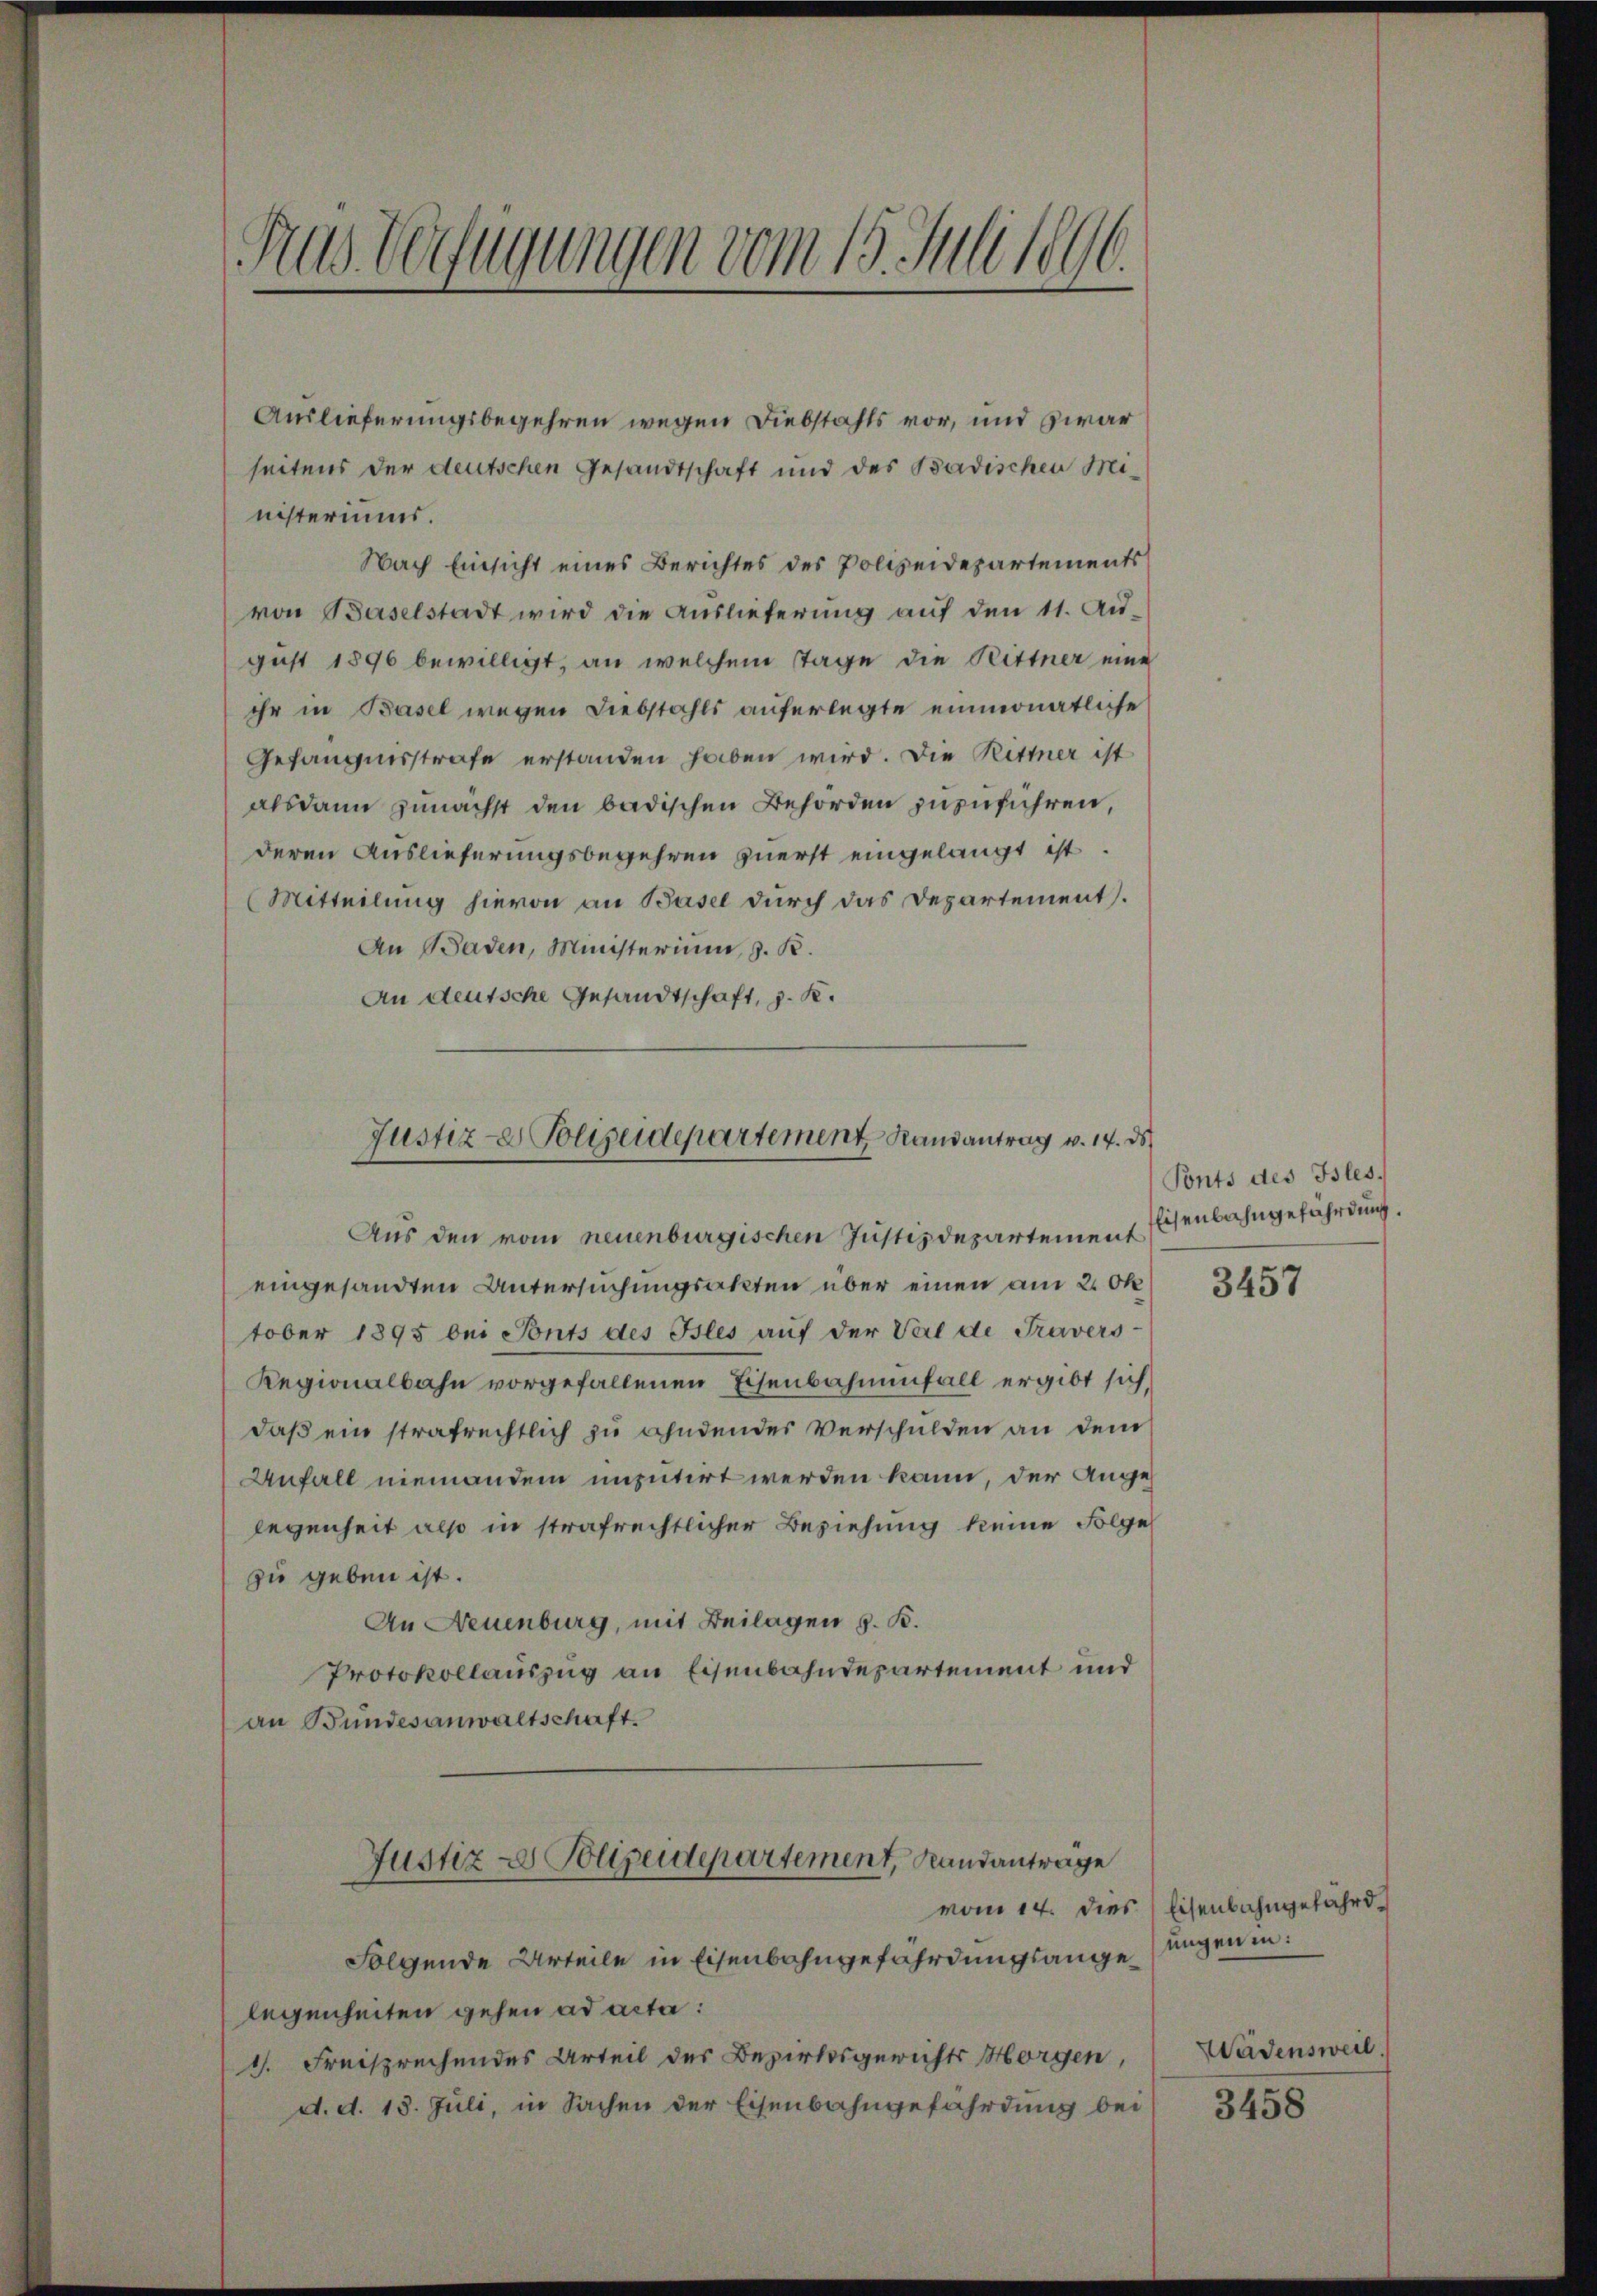
Aus Verfügungen vom 15. Juli 1896.

Auslieferungsbegehren wegen Diebstahls vor, und zwar
seitens der deutschen Gesandtschaft und des Badischen Ministeriums.
Nach Einsicht eines Berichtes des Polizeidepartements
von Baselstadt wird die Auslieferung auf den 11. Au-
gust 1896 bewilligt, an welchem Tage die Rittner eine
ihr in Basel wegen Diebstahls auferlegte einmonatliche
Gefängnisstrafe erstanden haben wird. Die Ritter ist
alsdann zunächst den badischen Behörden zuzuführen,
deren Auslieferungsbegehren zuerst eingelangt ist.
Mitteilung hievon an Basel durch das Departement.
An Baden, Ministerium, z. B.
An deutsche Gesandtschaft, z. K.
eingesandten Untersuchungsakten über einen am 2. Ok
tober 1895 bei Ponts des Isles auf der Val de Travers
Regionalbahn vorgefallenen Eisenbahnenfall ergibt sich
daß ein strafrechtlich zu ahndender Verschulden an dem
Anfall niemandem imputirt werden kann, der Anges
legenheit also in strafrechtlicher Beziehung keine Folge
zu geben ist.
An Neuenburg, mit Beilagen z. B.
Protokollauszug an Eisenbahndepartement und
an Bundesanwaltschaft.
Justiz & Polizeidepartement, Standantrage
Folgende Urteile in Eisenbahngefährdungsangelegenheiten gehen ad acta:
1. Freisprechendes Urteil des Bezirksgerichts Horgen,
d. d. 18. Juli, in Sachen der Eisenbahngefährdung bei

Justiz- Polizeidepartement Randantrag v. 14. ds
Aus den vom neuenburgischen Justizdepartement Essenbahngefährdung.

Ponts des Isles.

3457

vom 14. dies Eisenbahngefährd
ungen in:
Wädensweil.

3458